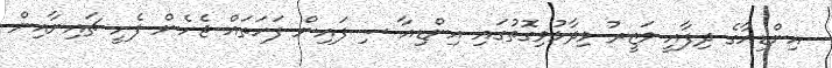
އިންޑިއާގެ ދިފާއީ ވަޒީރު ވިދާޅުވިގޮތުގައި އިންޑިއާ ސިފައިން ފަހަތައް ޖެހެން ފެށީ ޗައިނާއިން